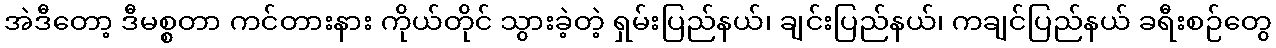
အဲဒီတော့ ဒီမစ္စတာ ကင်တားနား ကိုယ်တိုင် သွားခဲ့တဲ့ ရှမ်းပြည်နယ်၊ ချင်းပြည်နယ်၊ ကချင်ပြည်နယ် ခရီးစဉ်တွေ